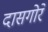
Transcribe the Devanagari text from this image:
दासगोरे